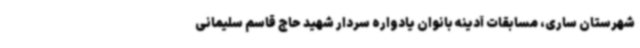
شهرستان ساری، مسابقات آدینه بانوان یادواره سردار شهید حاج قاسم سلیمانی